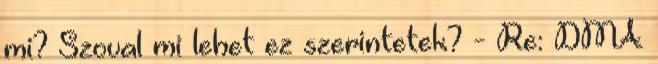
mi? Szoval mi lehet ez szerintetek? - Re: DMA